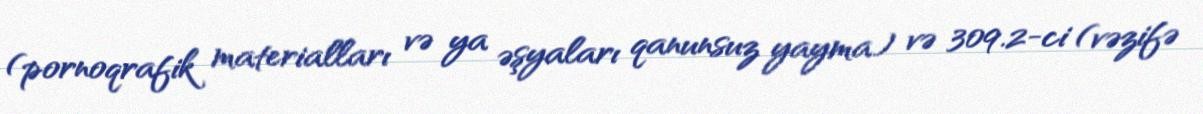
(pornoqrafik materialları və ya əşyaları qanunsuz yayma) və 309.2-ci (vəzifə